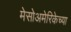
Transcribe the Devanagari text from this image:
मेसोअमेरिकेच्या